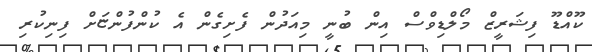
ކޫއްޑޫ ފިޝަރީޒް މޯލްޑިވްސް އިން ބުނީ މިއަދުން ފެށިގެން އެ ކުންފުންޏަށް ފިނިކުރި